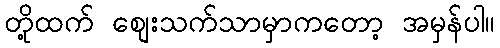
တို့ထက် စျေးသက်သာမှာကတော့ အမှန်ပါ။